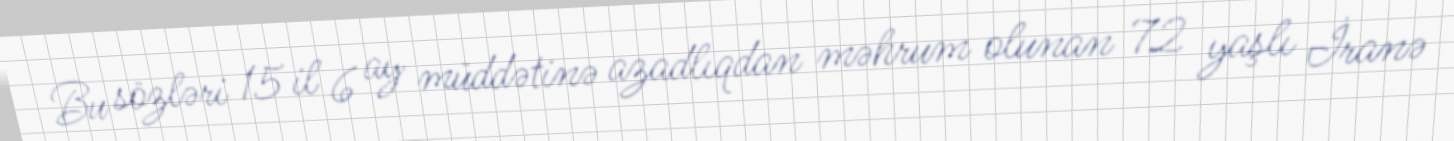
Bu sözləri 15 il 6 ay müddətinə azadlıqdan məhrum olunan 72 yaşlı İranə